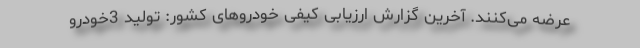
عرضه می‌کنند. آخرین گزارش ارزیابی کیفی خودروهای کشور: تولید 3خودرو